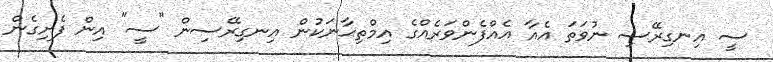
ސީ އިނގިރޭސި ނުވަތަ އެއާ އެއްފެންވަރެއްގެ އިމްތިޙާނަކުން އިނގިރޭސިން "ސީ" އިން ފެށިގެން